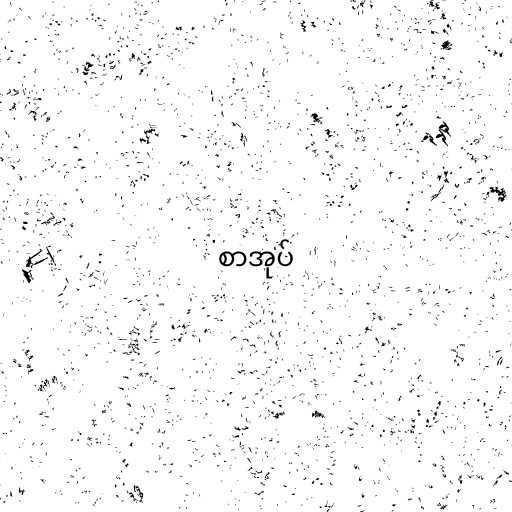
စာအုပ်